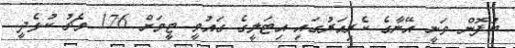
ބުފޮން ވަނީ އޭނާގެ ކެރިއަރުގައި އިޓަލީގެ ގައުމީ ޓީމަށް 176 މެޗު ކުޅެދީ